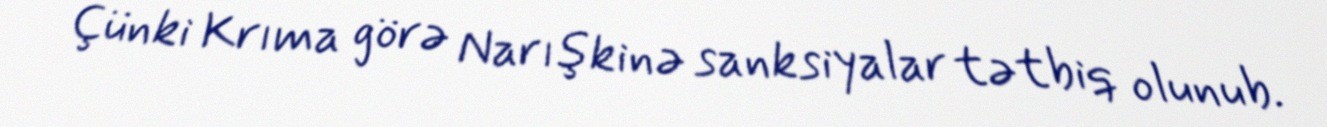
Çünki Krıma görə Narışkinə sanksiyalar tətbiq olunub.